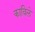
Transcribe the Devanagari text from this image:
काविले